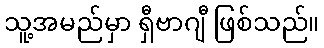
သူ့အမည်မှာ ရှီဗာဂျီ ဖြစ်သည်။